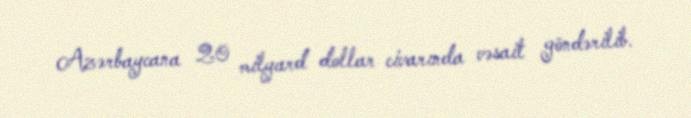
Azərbaycana 20 milyard dollar civarında vəsait göndərilib.